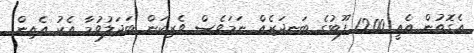
އެގޮތުން އެއީ 1200 ފޫޓުގެ ބަނދަރެއް ނަމަވެސް ވެރިކަން ބަދަލުވުމާ އެކު އެއިން